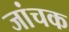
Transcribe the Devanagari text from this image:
जांचक